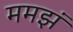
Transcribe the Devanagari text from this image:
ममझं